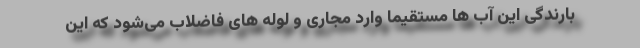
بارندگی این آب ها مستقیما وارد مجاری و لوله های فاضلاب می‌شود که این